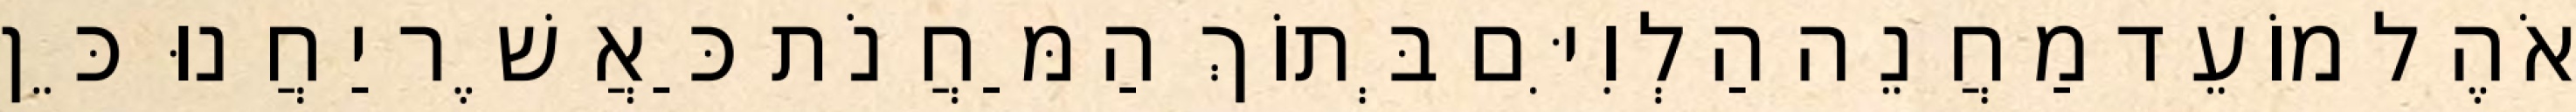
אֹהֶל מוֹעֵד מַחֲנֵה הַלְוִיִּם בְּתוֹךְ הַמַּחֲנֹת כַּאֲשֶׁר יַחֲנוּ כֵּן